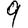
Digit: 9